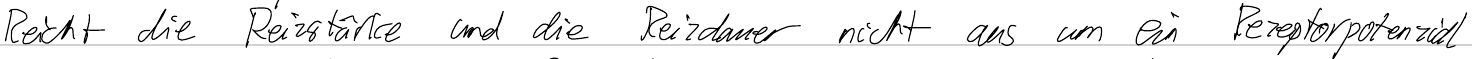
Reicht die Reizstärke und die Reizdauer nicht aus um ein Rezeptorpotenzial